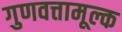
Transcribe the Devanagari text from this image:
गुणवत्तामूल्क